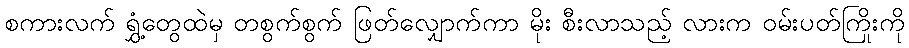
စကားလက် ရွှံ့တွေထဲမှ တစွက်စွက် ဖြတ်လျှောက်ကာ မိုး စီးလာသည့် လားက ဝမ်းပတ်ကြိုးကို